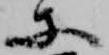
等